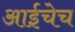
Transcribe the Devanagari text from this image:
आईचेच